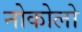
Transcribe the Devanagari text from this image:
नोकोलो